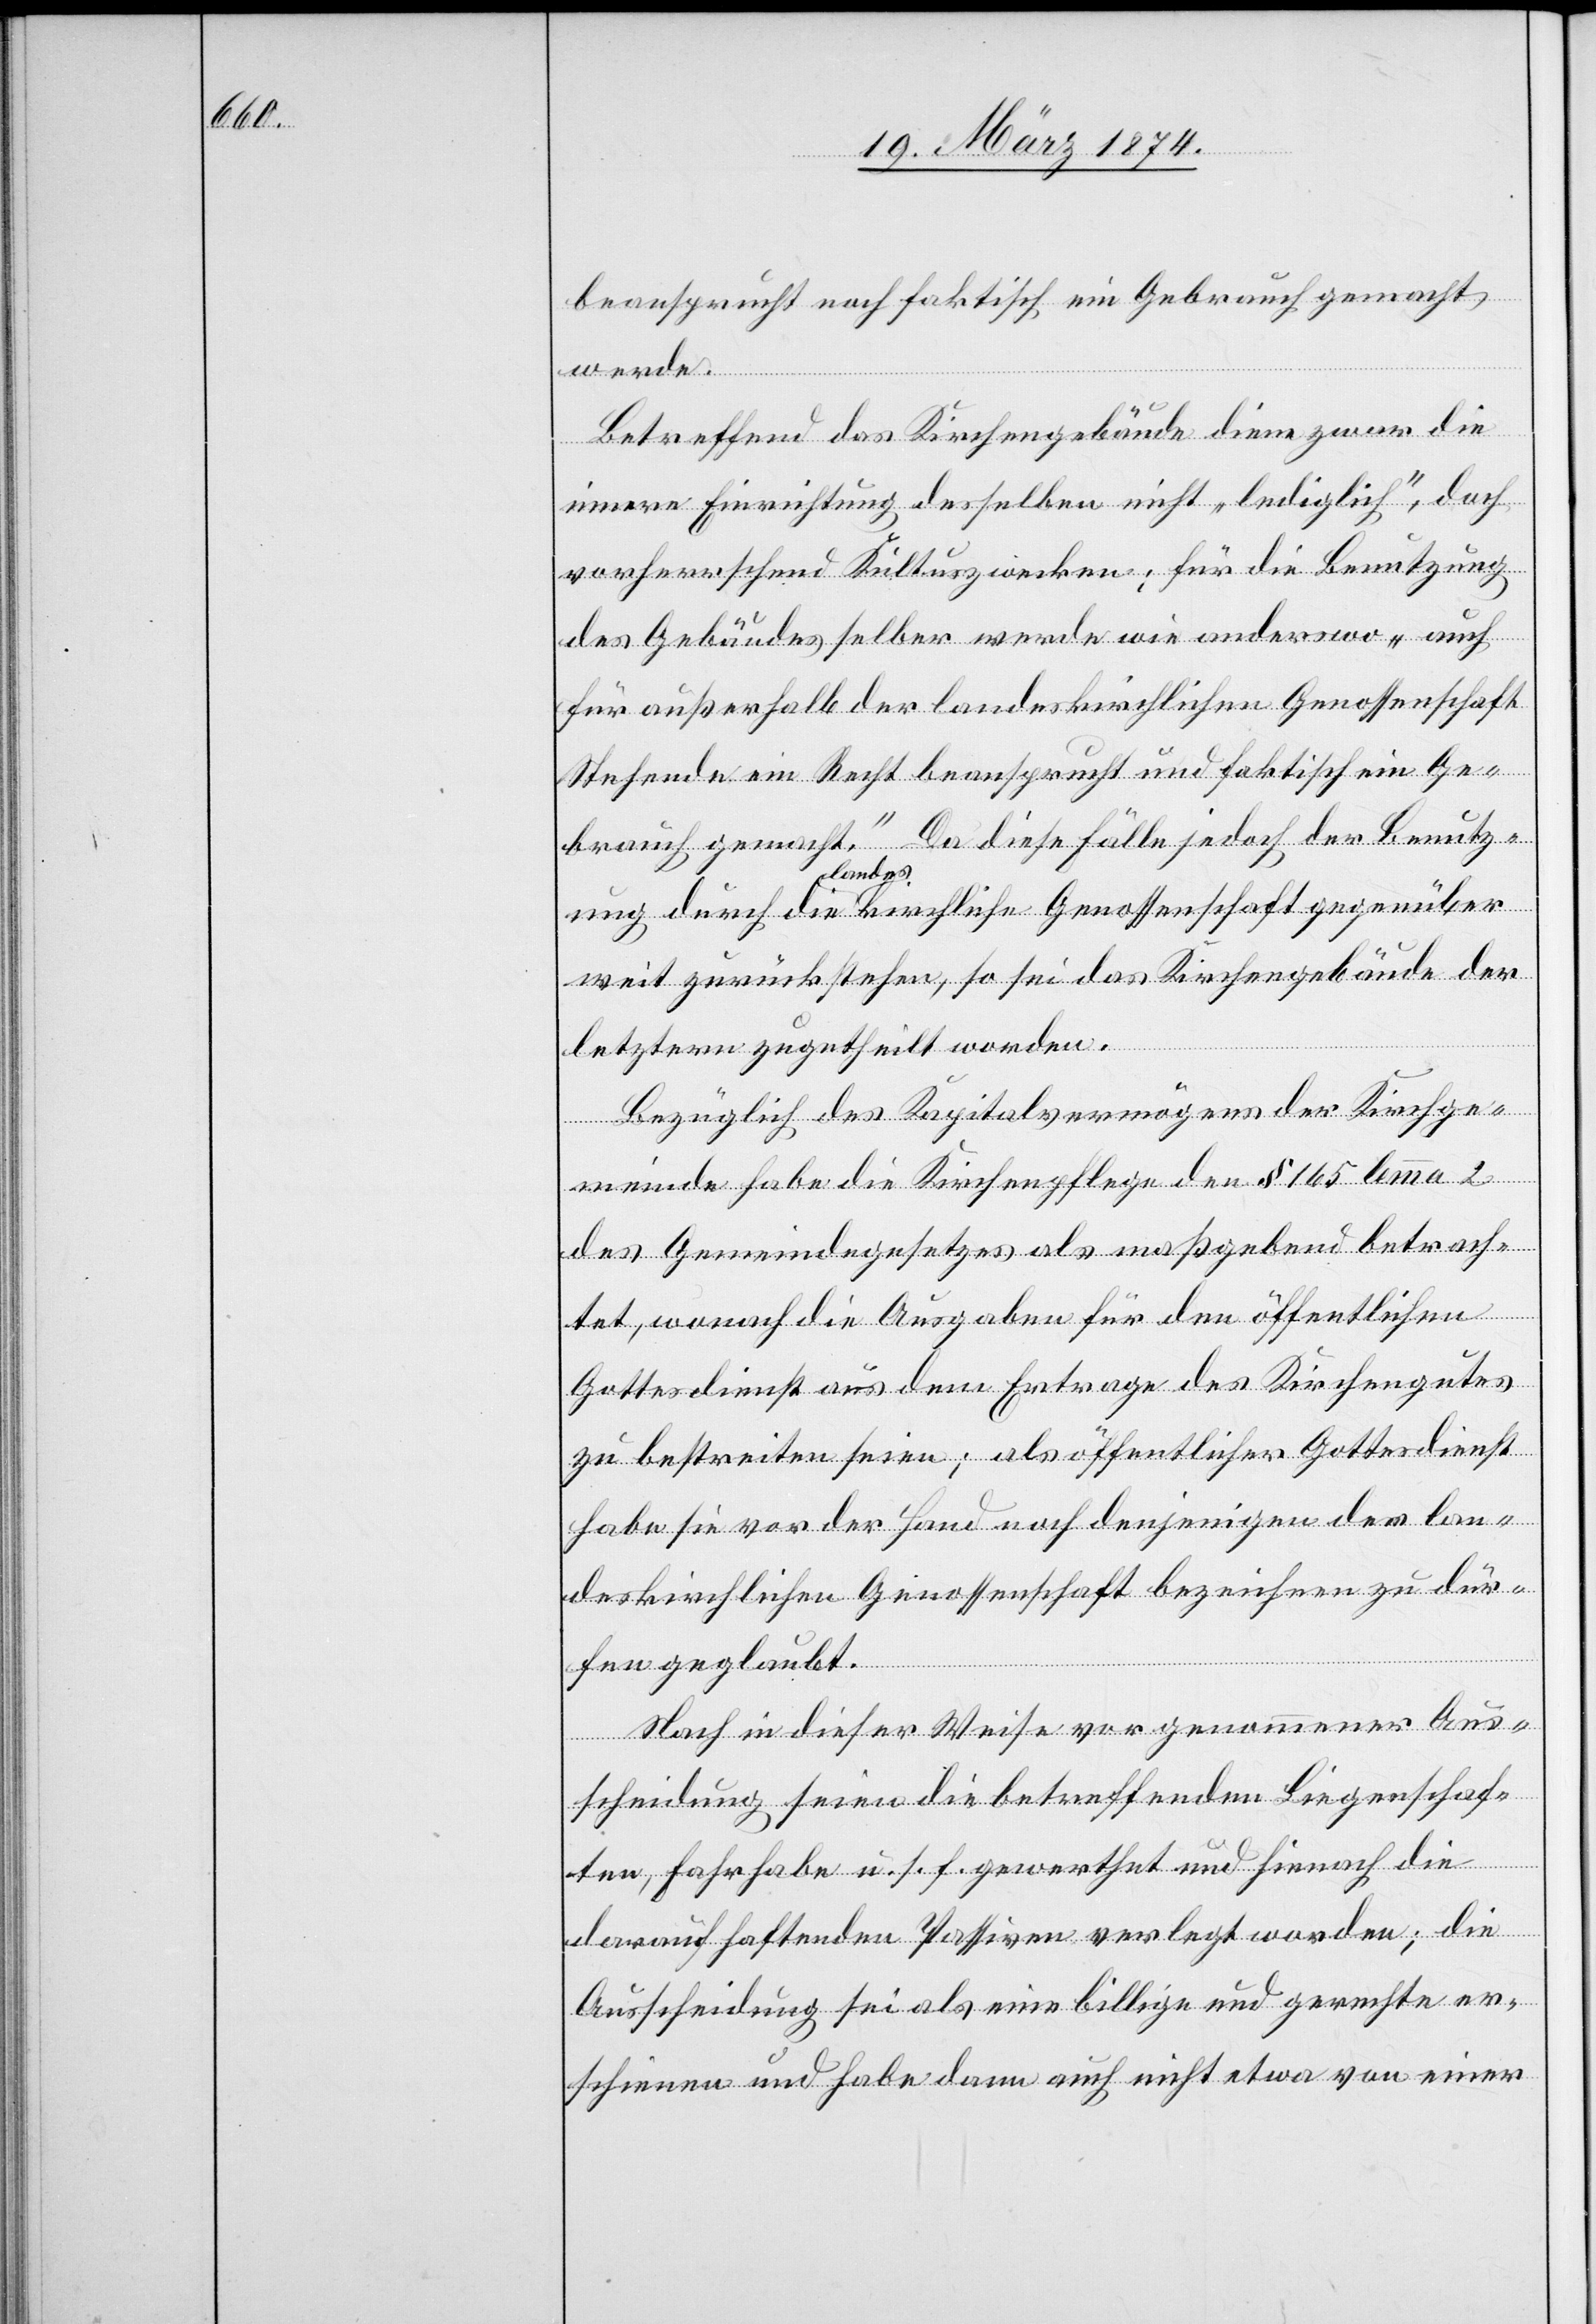
beansprucht noch faktisch ein Gebrauch gemacht
werde.
Betreffend das Kirchengebäude diene zwar die
innere Einrichtung desselben nicht „lediglich“, doch
vorherrschend Kultuszwecken; für die Benutzung
des Gebäudes selber werde wie anderswo „auch
für außerhalb der landeskirchlichen Genossenschaft
Stehende ein Recht beansprucht und faktisch ein Ge¬
brauch gemacht.“ Da diese Fälle jedoch der Benutz¬
ung durch die landeskirchliche Genossenschaft gegenüber
weit zurückstehen, so sei das Kirchengebäude der
letztern zugetheilt worden.
Bezüglich des Kapitalvermögens der Kirchge¬
meinde habe die Kirchenpflege den § 165 lemma 2
des Gemeindegesetzes als maßgebend betrach¬
tet, wonach die Ausgaben für den öffentlichen
Gottesdienst aus dem Ertrage des Kirchengutes
zu bestreiten seien; als öffentlicher Gottesdienst
habe sie vor der Hand nach denjenigen der lan¬
deskirchlichen Genossenschaft bezeichnen zu dür¬
fen geglaubt.
Nach in dieser Weise vor genommener Aus¬
scheidung seien die betreffenden Liegenschaf¬
ten, Fahrhabe u. s. f. gewerthet und hienach die
darauf haftenden Passiven verlegt worden; die
Ausscheidung sei als eine billige und gerechte er¬
schienen und habe dann auch nicht etwa von einer